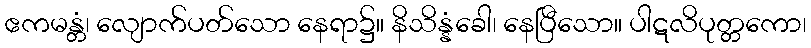
ဧကမန္တံ၊ လျောက်ပတ်သော နေရာ၌။ နိသိန္နံခေါ၊ နေပြီသော။ ပါဋလိပုတ္တကော၊